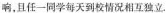
响，且任一同学每天到校情况相互独立.